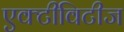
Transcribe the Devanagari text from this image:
एक्टीविटीज